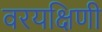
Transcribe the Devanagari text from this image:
वरयक्षिणी